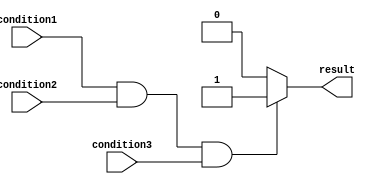
module if_else_statement (
    input wire condition1,
    input wire condition2,
    input wire condition3,
    output reg result
);

always @* begin
    if (condition1 && condition2 && condition3) begin
        result <= 1'b1; // Execute if block
    end else begin
        result <= 1'b0; // Execute else block
    end
end

endmodule